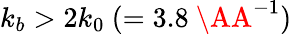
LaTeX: k_{b}>2k_{0}~(=3.8~\AA^{-1})